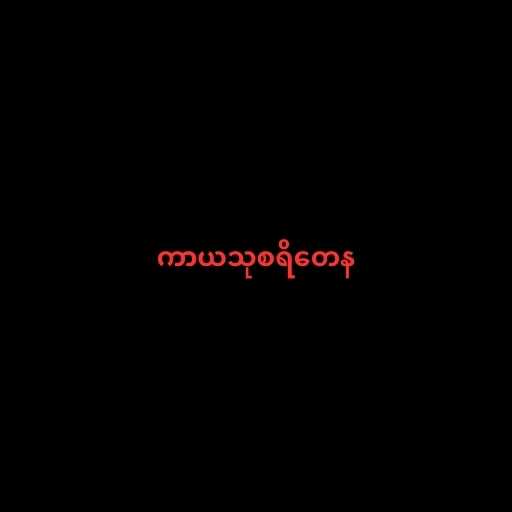
ကာယသုစရိတေန